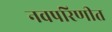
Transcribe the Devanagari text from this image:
नवपरिणीत